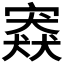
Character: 𡪱